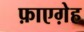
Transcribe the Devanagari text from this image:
फ़ाएग़ेह